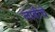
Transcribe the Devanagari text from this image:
लाबीचे